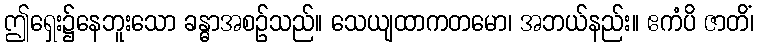
ဤရှေး၌နေဘူးသော ခန္ဓာအစဉ်သည်။ သေယျထာကတမော၊ အဘယ်နည်း။ ဧကံပိ ဇာတိံ၊